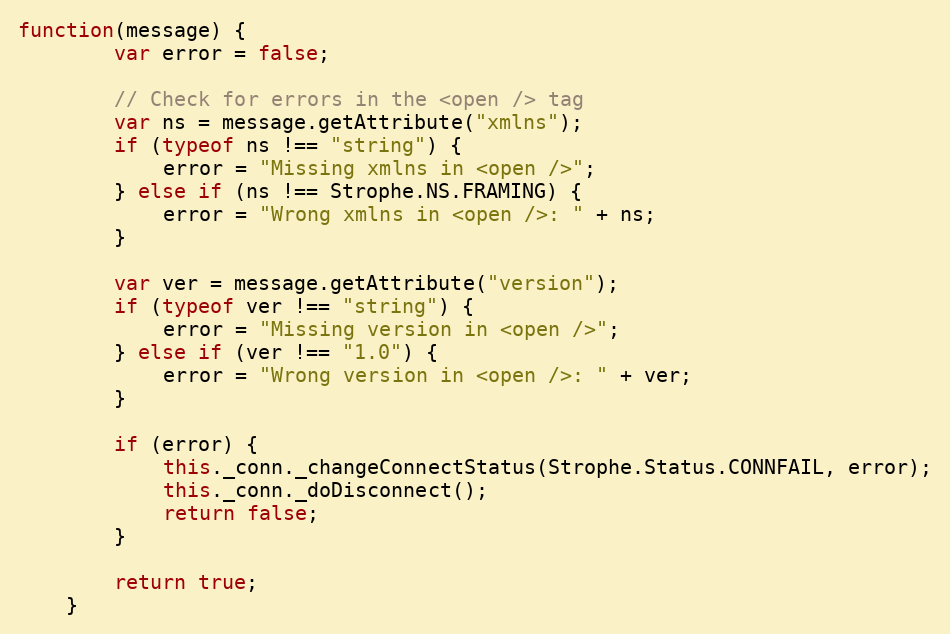
Language: JavaScript
function(message) {
        var error = false;

        // Check for errors in the <open /> tag
        var ns = message.getAttribute("xmlns");
        if (typeof ns !== "string") {
            error = "Missing xmlns in <open />";
        } else if (ns !== Strophe.NS.FRAMING) {
            error = "Wrong xmlns in <open />: " + ns;
        }

        var ver = message.getAttribute("version");
        if (typeof ver !== "string") {
            error = "Missing version in <open />";
        } else if (ver !== "1.0") {
            error = "Wrong version in <open />: " + ver;
        }

        if (error) {
            this._conn._changeConnectStatus(Strophe.Status.CONNFAIL, error);
            this._conn._doDisconnect();
            return false;
        }

        return true;
    }